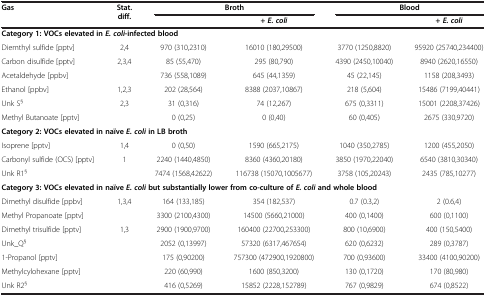
<table><thead><tr><td rowspan="2"><b>Gas</b></td><td rowspan="2"><b>Stat. diff.</b></td><td colspan="2"><b>Broth</b></td><td colspan="2"><b>Blood</b></td></tr><tr><td><b> </b></td><td><b>+ <i>E. coli</i></b></td><td><b> </b></td><td><b>+ <i>E. coli</i></b></td></tr></thead><tbody><tr><td colspan="6"><b>Category 1: VOCs elevated in </b><b><i>E. coli</i></b><b>-infected blood</b></td></tr><tr><td>Diemthyl sulfide [pptv]</td><td>2,4</td><td>970 (310,2310)</td><td>16010 (180,29500)</td><td>3770 (1250,8820)</td><td>95920 (25740,234400)</td></tr><tr><td>Carbon disulfide [pptv]</td><td>2,3,4</td><td>85 (55,470)</td><td>295 (80,790)</td><td>4390 (2450,10040)</td><td>8940 (2620,16550)</td></tr><tr><td>Acetaldehyde [ppbv]</td><td> </td><td>736 (558,1089)</td><td>645 (44,1359)</td><td>45 (22,145)</td><td>1158 (208,3493)</td></tr><tr><td>Ethanol [ppbv]</td><td>1,2,3</td><td>202 (28,564)</td><td>8388 (2037,10867)</td><td>218 (5,604)</td><td>15486 (7199,40441)</td></tr><tr><td>Unk S<sup>§</sup></td><td>2,3</td><td>31 (0,316)</td><td>74 (12,267)</td><td>675 (0,3311)</td><td>15001 (2208,37426)</td></tr><tr><td>Methyl Butanoate [pptv]</td><td> </td><td>0 (0,25)</td><td>0 (0,40)</td><td>60 (0,405)</td><td>2675 (330,9720)</td></tr><tr><td colspan="6"><b>Category 2: VOCs elevated in naïve </b><b><i>E. coli </i></b><b>in LB broth</b></td></tr><tr><td>Isoprene [pptv]</td><td>1,4</td><td>0 (0,50)</td><td>1590 (665,2175)</td><td>1040 (350,2785)</td><td>1200 (455,2050)</td></tr><tr><td>Carbonyl sulfide (OCS) [pptv]</td><td>1</td><td>2240 (1440,4850)</td><td>8360 (4360,20180)</td><td>3850 (1970,22040)</td><td>6540 (3810,30340)</td></tr><tr><td>Unk R1<sup>§</sup></td><td> </td><td>7474 (1568,42622)</td><td>116738 (15070,1005677)</td><td>3758 (105,20243)</td><td>2435 (785,10277)</td></tr><tr><td colspan="6"><b>Category 3: VOCs elevated in naïve </b><b><i>E. coli </i></b><b>but substantially lower from co-culture of </b><b><i>E. coli </i></b><b>and whole blood</b></td></tr><tr><td>Dimethyl disulfide [ppbv]</td><td>1,3,4</td><td>164 (133,185)</td><td>354 (182,537)</td><td>0.7 (0.3,2)</td><td>2 (0.6,4)</td></tr><tr><td>Methyl Propanoate [pptv]</td><td> </td><td>3300 (2100,4300)</td><td>14500 (5660,21000)</td><td>400 (0,1400)</td><td>600 (0,1100)</td></tr><tr><td>Dimethyl trisulfide [pptv]</td><td>1,3</td><td>2900 (1900,9700)</td><td>160400 (22700,253300)</td><td>800 (10,6900)</td><td>400 (150,5400)</td></tr><tr><td>Unk_Q<sup>§</sup></td><td> </td><td>2052 (0,13997)</td><td>57320 (6317,467654)</td><td>620 (0,6232)</td><td>289 (0,3787)</td></tr><tr><td>1-Propanol [pptv]</td><td> </td><td>175 (0,90200)</td><td>757300 (472900,1920800)</td><td>700 (0,93600)</td><td>33400 (4100,90200)</td></tr><tr><td>Methylcylohexane [pptv]</td><td> </td><td>220 (60,990)</td><td>1600 (850,3200)</td><td>130 (0,1720)</td><td>170 (80,980)</td></tr><tr><td>Unk R2<sup>§</sup></td><td> </td><td>416 (0,5269)</td><td>15852 (2228,152789)</td><td>767 (0,9829)</td><td>674 (0,8522)</td></tr></tbody></table>